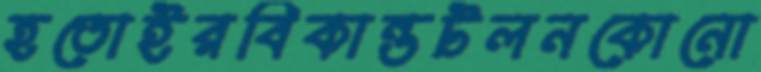
হতোইরবিকান্তটলনকোনো